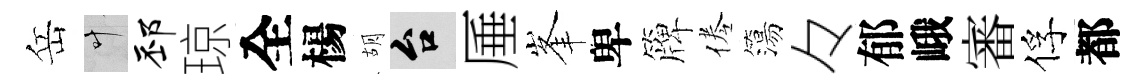
岳叶邳琼全楊胡台厜峯卑簰倦簜々郁峨審俘都